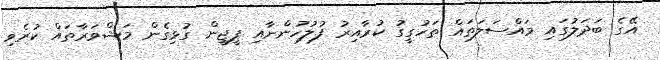
އޭގެ ބަދަލުގައި މައްސަލަތައް ތަހުގީގު ކުރާއިރު ފުލުހުންނާއި ޕީޖީން ގުޅިގެން މަޝްވަރާތައް ކުރެވި